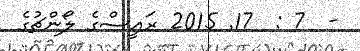
-  7 :  17